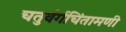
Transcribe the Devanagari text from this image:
चतुर्वर्गचिंतामणी